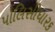
પૉલિસીધારક